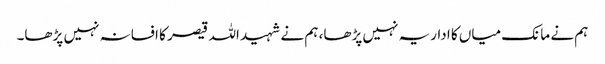
ہم نے مانک میاں کا اداریہ نہیں پڑھا، ہم نے شہید اللہ قیصر کا افسانہ نہیں پڑھا۔